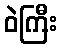
ဝဲကြီး